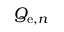
Q _ { \mathrm { e } , n }